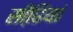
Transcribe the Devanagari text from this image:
सीढि़यां